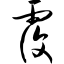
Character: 覆